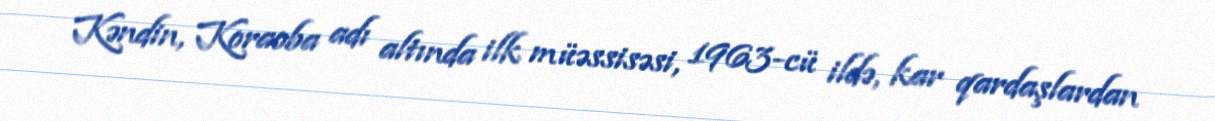
Kəndin, Koraoba adı altında ilk müəssisəsi, 1963-cü ildə, kar qardaşlardan